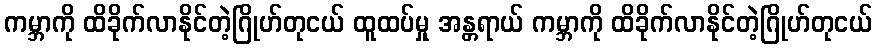
ကမ္ဘာကို ထိခိုက်လာနိုင်တဲ့ဂြိုဟ်တုငယ် ထူထပ်မှု အန္တရာယ် ကမ္ဘာကို ထိခိုက်လာနိုင်တဲ့ဂြိုဟ်တုငယ်